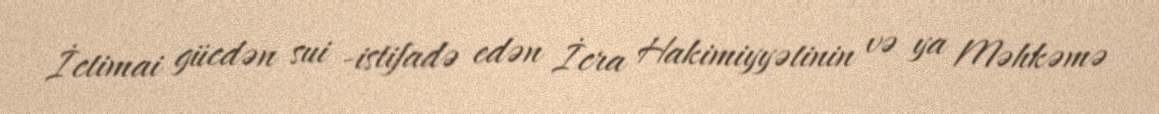
İctimai gücdən sui -istifadə edən İcra Hakimiyyətinin və ya Məhkəmə